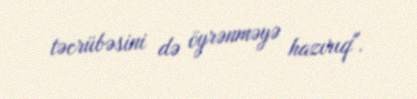
təcrübəsini də öyrənməyə hazırıq".